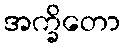
အက္ခိတော